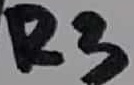
Text: R3